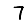
Digit: 7